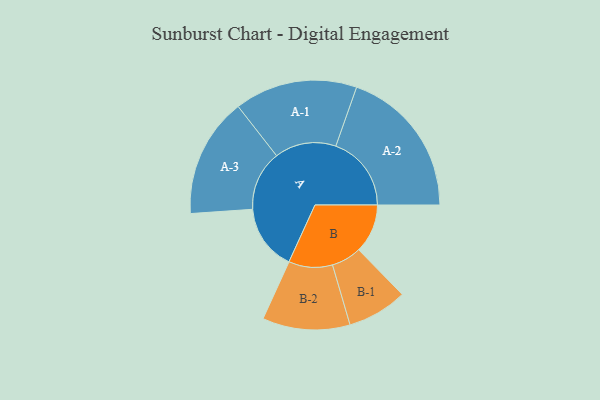
{"axis": {"x": "Segment", "y": "Value"}, "legend": ["", "A", "B"], "data": [{"x": "A", "y": 257, "type": ""}, {"x": "B", "y": 191, "type": ""}, {"x": "A-1", "y": 240, "type": "A"}, {"x": "A-2", "y": 295, "type": "A"}, {"x": "A-3", "y": 234, "type": "A"}, {"x": "B-1", "y": 117, "type": "B"}, {"x": "B-2", "y": 171, "type": "B"}]}